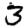
Digit: 3